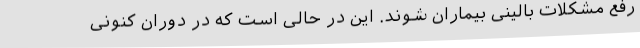
رفع مشکلات بالینی بیماران شوند. این در حالی است که در دوران کنونی